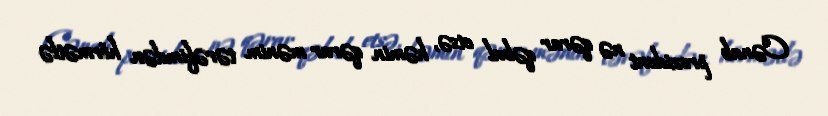
Cənab prezident nə qərar qəbul etsə, həmin qərar mənim tərəfimdən hörmətlə